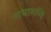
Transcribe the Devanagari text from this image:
राधामणि